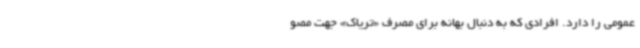
عمومی را دارد. افرادی که به دنبال بهانه برای مصرف «تریاک» جهت مصو